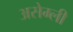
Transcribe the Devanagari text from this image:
असेम्ली